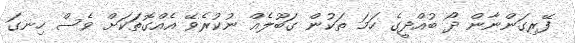
ފޭރިގަންނާން ދޯ ބުއްދީގެ ހަމަ ތަކުން ގަބޫލެއް ނުކުރެވޭ އެއްގޮތަަކަށް ވެސް ހިނގަ